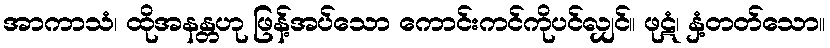
အာကာသံ၊ ထိုအနန္တဟု ဖြန့်အပ်သော ကောင်းကင်ကိုပင်လျှင်။ ဖုဋံ၊ နှံ့တတ်သော။